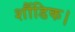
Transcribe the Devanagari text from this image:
शौंडिक।